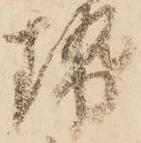
勢